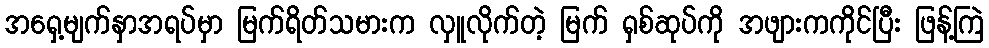
အရှေ့မျက်နှာအရပ်မှာ မြက်ရိတ်သမားက လှူလိုက်တဲ့ မြက် ရှစ်ဆုပ်ကို အဖျားကကိုင်ပြီး ဖြန့်ကြဲ